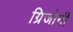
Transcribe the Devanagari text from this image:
ग्रिजोनी